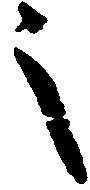
之